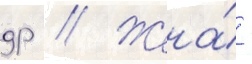
др // Жена́ -